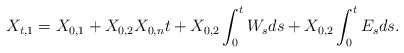
\begin{align*}X_{t,1} = X_{0,1} +X_{0,2}X_{0,n}t + X_{0,2}\int_0^t W_s ds + X_{0,2}\int_0^t E_s ds.\end{align*}